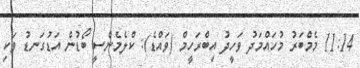
11:14 މެމްބަރު މުހައްމަދު ވަހީދު އިބްރަހީމް (ވައްޑެ): ކްލެމެންސީ ބޯޑުން އަޑުގަނޑު ވަކި